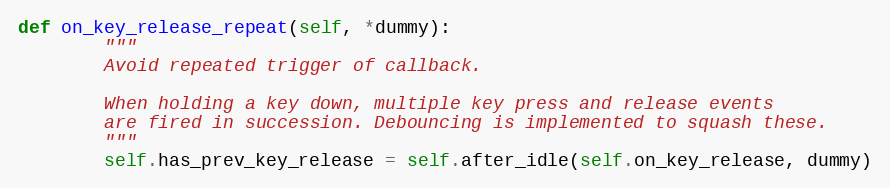
Language: Python
def on_key_release_repeat(self, *dummy):
        """
        Avoid repeated trigger of callback.

        When holding a key down, multiple key press and release events
        are fired in succession. Debouncing is implemented to squash these.
        """
        self.has_prev_key_release = self.after_idle(self.on_key_release, dummy)